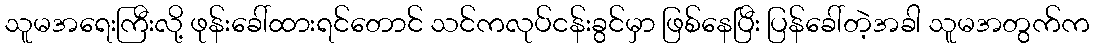
သူမအရေးကြီးလို့ ဖုန်းခေါ်ထားရင်တောင် သင်ကလုပ်ငန်းခွင်မှာ ဖြစ်နေပြီး ပြန်ခေါ်တဲ့အခါ သူမအတွက်က